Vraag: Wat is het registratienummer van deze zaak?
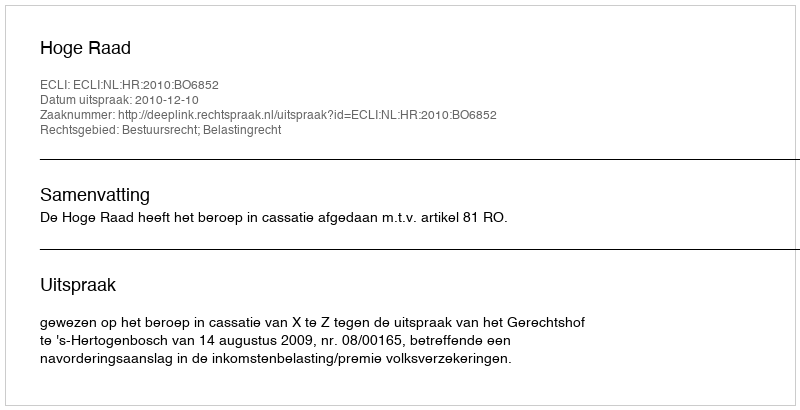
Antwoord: http://deeplink.rechtspraak.nl/uitspraak?id=ECLI:NL:HR:2010:BO6852